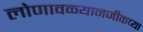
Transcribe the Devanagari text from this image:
लोणावळ्यानजीकच्या